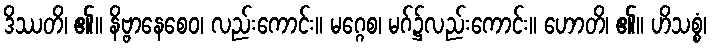
ဒိဿတိ၊ ၏။ နိဗ္ဗာနေစေဝ၊ လည်းကောင်း။ မဂ္ဂေစ၊ မဂ်၌လည်းကောင်း။ ဟောတိ၊ ၏။ ဟိသစ္စံ၊